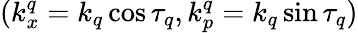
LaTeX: (k_{x}^{q}=k_{q}\cos\tau_{q},k_{p}^{q}=k_{q}\sin\tau_{q})